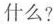
什么?